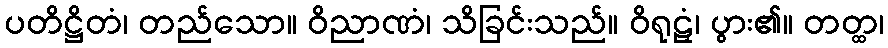
ပတိဋ္ဌိတံ၊ တည်သော။ ဝိညာဏံ၊ သိခြင်းသည်။ ဝိရုဠှံ၊ ပွား၏။ တတ္ထ၊